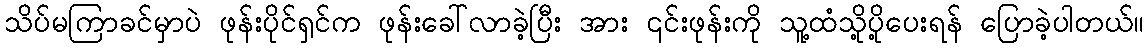
သိပ်မကြာခင်မှာပဲ ဖုန်းပိုင်ရှင်က ဖုန်းခေါ်လာခဲ့ပြီး အား ၎င်းဖုန်းကို သူ့ထံသို့ပို့ပေးရန် ပြောခဲ့ပါတယ်။